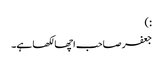
:)
جعفر صاحب اچھا لکھا ہے۔